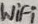
Text: WiFi